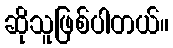
ဆိုသူဖြစ်ပါတယ်။